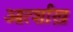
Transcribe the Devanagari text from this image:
आर्त्शाख़